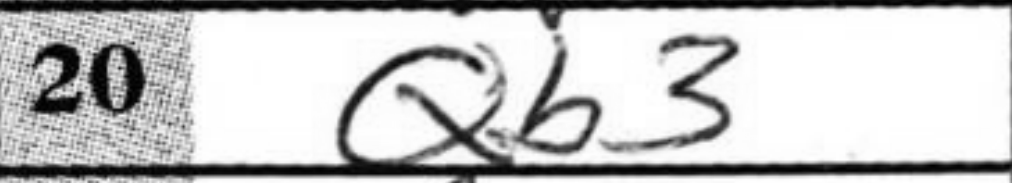
Transcription: Qb3